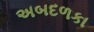
અબદળકા